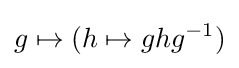
g\mapsto (h\mapsto ghg^{-1})